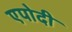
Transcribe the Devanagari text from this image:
एपोदी